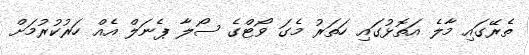
ތެރޭގައި މާލެ އަތޮޅުގައި ހަތަރު މެގަ ވޯޓްގެ ސޯލާ ޕެނަލް އެއް ހަރުކުރުމަށް